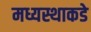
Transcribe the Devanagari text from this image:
मध्यस्थाकडे